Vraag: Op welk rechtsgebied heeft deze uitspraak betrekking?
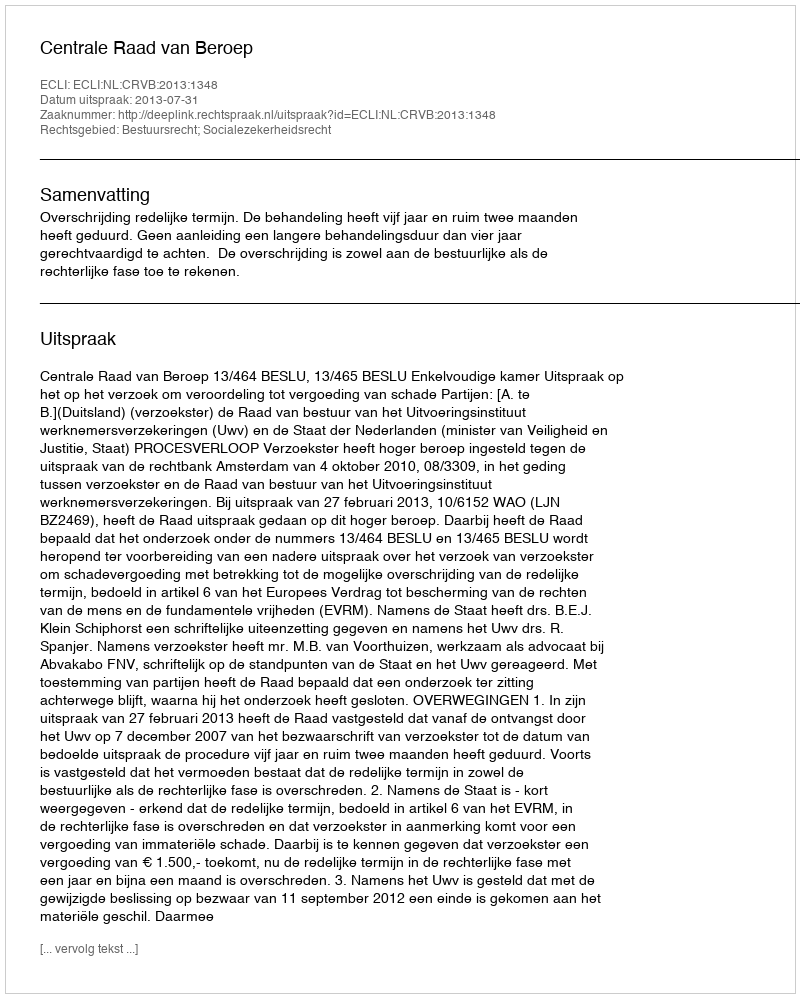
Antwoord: Bestuursrecht; Socialezekerheidsrecht